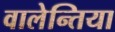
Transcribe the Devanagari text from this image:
वालेन्तिया